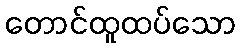
တောင်ထူထပ်သော